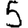
Digit: 5